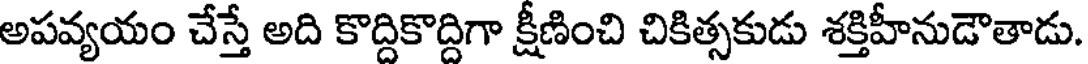
అపవ్యయం చేస్తే అది కొద్దికొద్దిగా క్షీణించి చికిత్సకుడు శక్తిహీనుడౌతాడు.